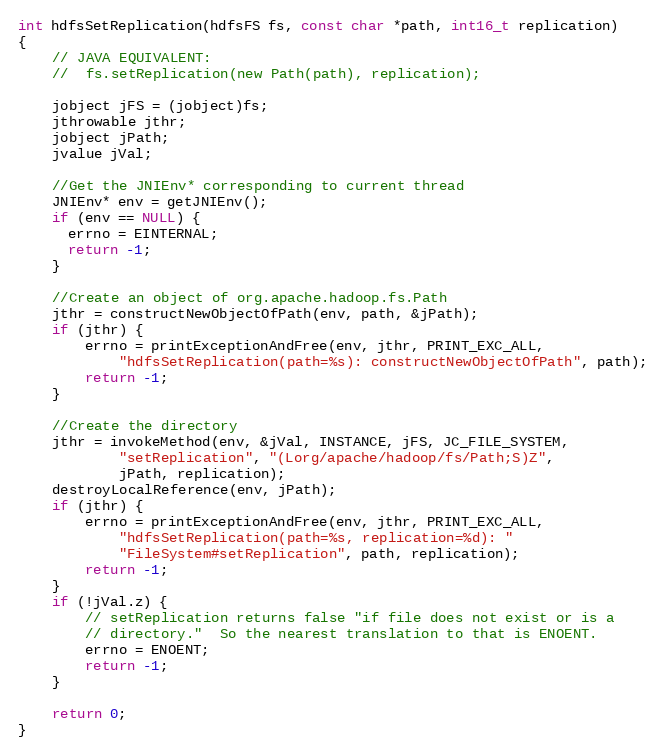
Language: C
int hdfsSetReplication(hdfsFS fs, const char *path, int16_t replication)
{
    // JAVA EQUIVALENT:
    //  fs.setReplication(new Path(path), replication);

    jobject jFS = (jobject)fs;
    jthrowable jthr;
    jobject jPath;
    jvalue jVal;

    //Get the JNIEnv* corresponding to current thread
    JNIEnv* env = getJNIEnv();
    if (env == NULL) {
      errno = EINTERNAL;
      return -1;
    }

    //Create an object of org.apache.hadoop.fs.Path
    jthr = constructNewObjectOfPath(env, path, &jPath);
    if (jthr) {
        errno = printExceptionAndFree(env, jthr, PRINT_EXC_ALL,
            "hdfsSetReplication(path=%s): constructNewObjectOfPath", path);
        return -1;
    }

    //Create the directory
    jthr = invokeMethod(env, &jVal, INSTANCE, jFS, JC_FILE_SYSTEM,
            "setReplication", "(Lorg/apache/hadoop/fs/Path;S)Z",
            jPath, replication);
    destroyLocalReference(env, jPath);
    if (jthr) {
        errno = printExceptionAndFree(env, jthr, PRINT_EXC_ALL,
            "hdfsSetReplication(path=%s, replication=%d): "
            "FileSystem#setReplication", path, replication);
        return -1;
    }
    if (!jVal.z) {
        // setReplication returns false "if file does not exist or is a
        // directory."  So the nearest translation to that is ENOENT.
        errno = ENOENT;
        return -1;
    }

    return 0;
}